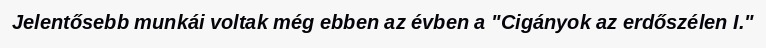
Jelentősebb munkái voltak még ebben az évben a "Cigányok az erdőszélen I."